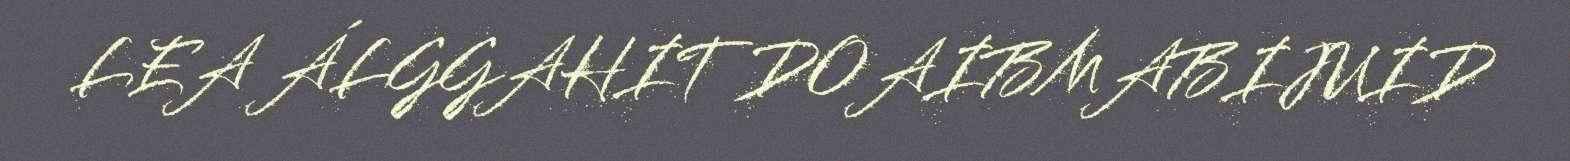
LEA ÁLGGAHIT DOAIBMABIJUID